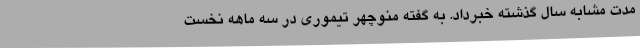
مدت مشابه سال گذشته خبرداد. به گفته منوچهر تیموری در سه ماهه نخست